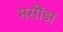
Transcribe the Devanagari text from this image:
मसींडा